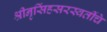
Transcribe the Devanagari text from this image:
श्रीनृसिंहसरस्वतींचे